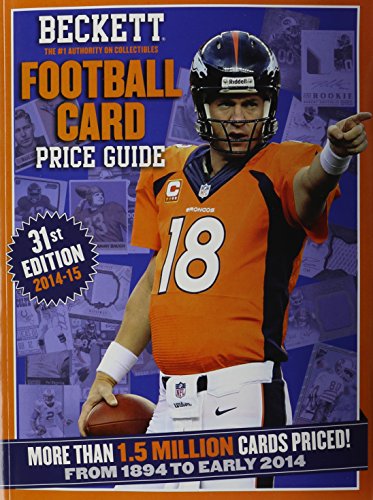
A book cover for Beckett Football Card Price Guide; James, III Beckett; Crafts, Hobbies & Home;